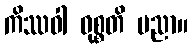
ကိဿဝါ ဝုစ္စတိ ပညာ။